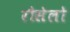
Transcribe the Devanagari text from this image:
रौसेलो